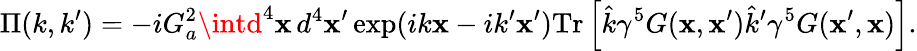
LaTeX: \Pi(k,k^{\prime})=-iG_{a}^{2}\intd^{4}\mathbf{x}\, d^{4}\mathbf{x}^{\prime}\exp(ik\mathbf{x}-ik^{\prime}\mathbf{x}^{\prime})\mathrm{{Tr}}\left[\hat{{k}}\gamma^{5}G(\mathbf{x},\mathbf{x}^{\prime})\hat{{k}}^{\prime}\gamma^{5}G(\mathbf{x}^{\prime},\mathbf{x})\right].